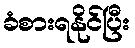
ခံစားရနိုင်ပြီး